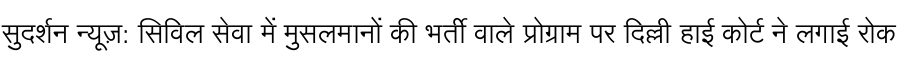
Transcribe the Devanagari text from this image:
सुदर्शन न्यूज़: सिविल सेवा में मुसलमानों की भर्ती वाले प्रोग्राम पर दिल्ली हाई कोर्ट ने लगाई रोक